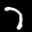
Digit: 7